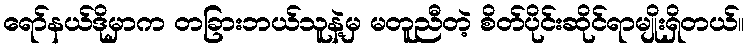
ရော်နယ်ဒိုမှာက တခြားဘယ်သူနဲ့မှ မတူညီတဲ့ စိတ်ပိုင်းဆိုင်ရာမျိုးရှိတယ်။